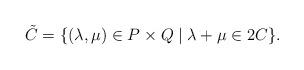
LaTeX: \begin{align*} \tilde{C} = \{(\lambda,\mu)\in P\times Q \mid \lambda+\mu\in 2C\}.\end{align*}